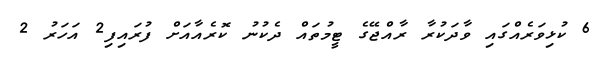
6 ކުޅިވަރެއްގައި ވާދަކުރާ ރާއްޖޭގެ ޓީމުތައް ދެކުނު ކޮރެއާއަށް ފުރައިފި2 އަހަރު 2